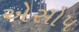
એસોપ